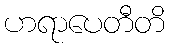
ဟရာပေတီတိ